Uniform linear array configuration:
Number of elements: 48
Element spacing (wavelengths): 0.5
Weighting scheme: hann
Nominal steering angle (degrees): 15
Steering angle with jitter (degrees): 14.469
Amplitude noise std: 0.05
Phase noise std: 0.05

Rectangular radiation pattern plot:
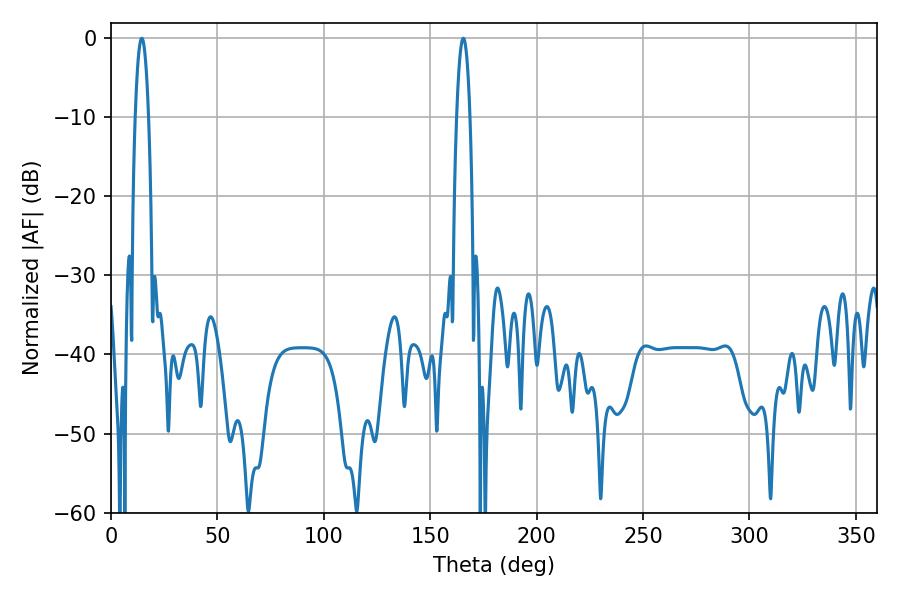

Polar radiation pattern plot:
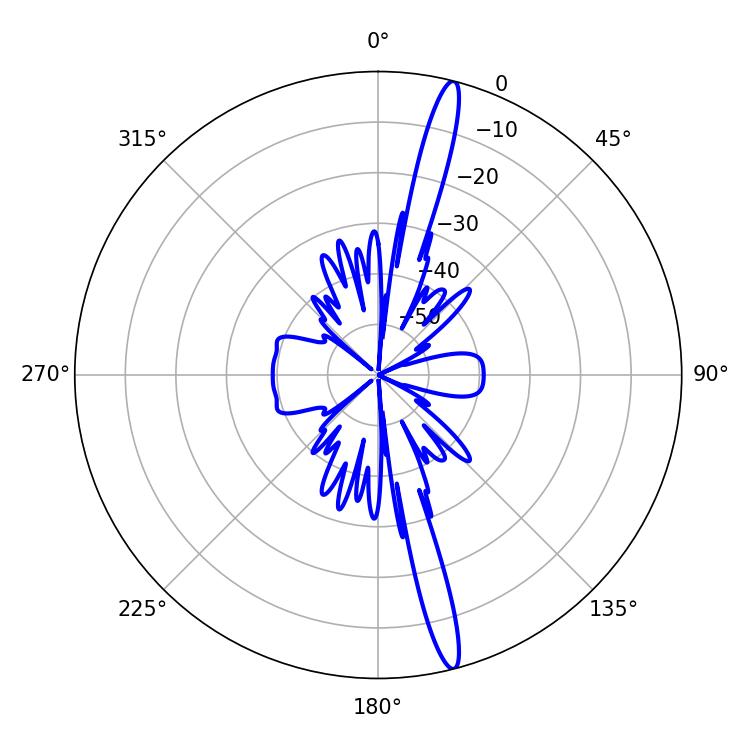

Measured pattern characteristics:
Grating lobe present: FALSE
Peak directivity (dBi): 17.852
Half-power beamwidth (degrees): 3.42
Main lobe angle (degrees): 14.4